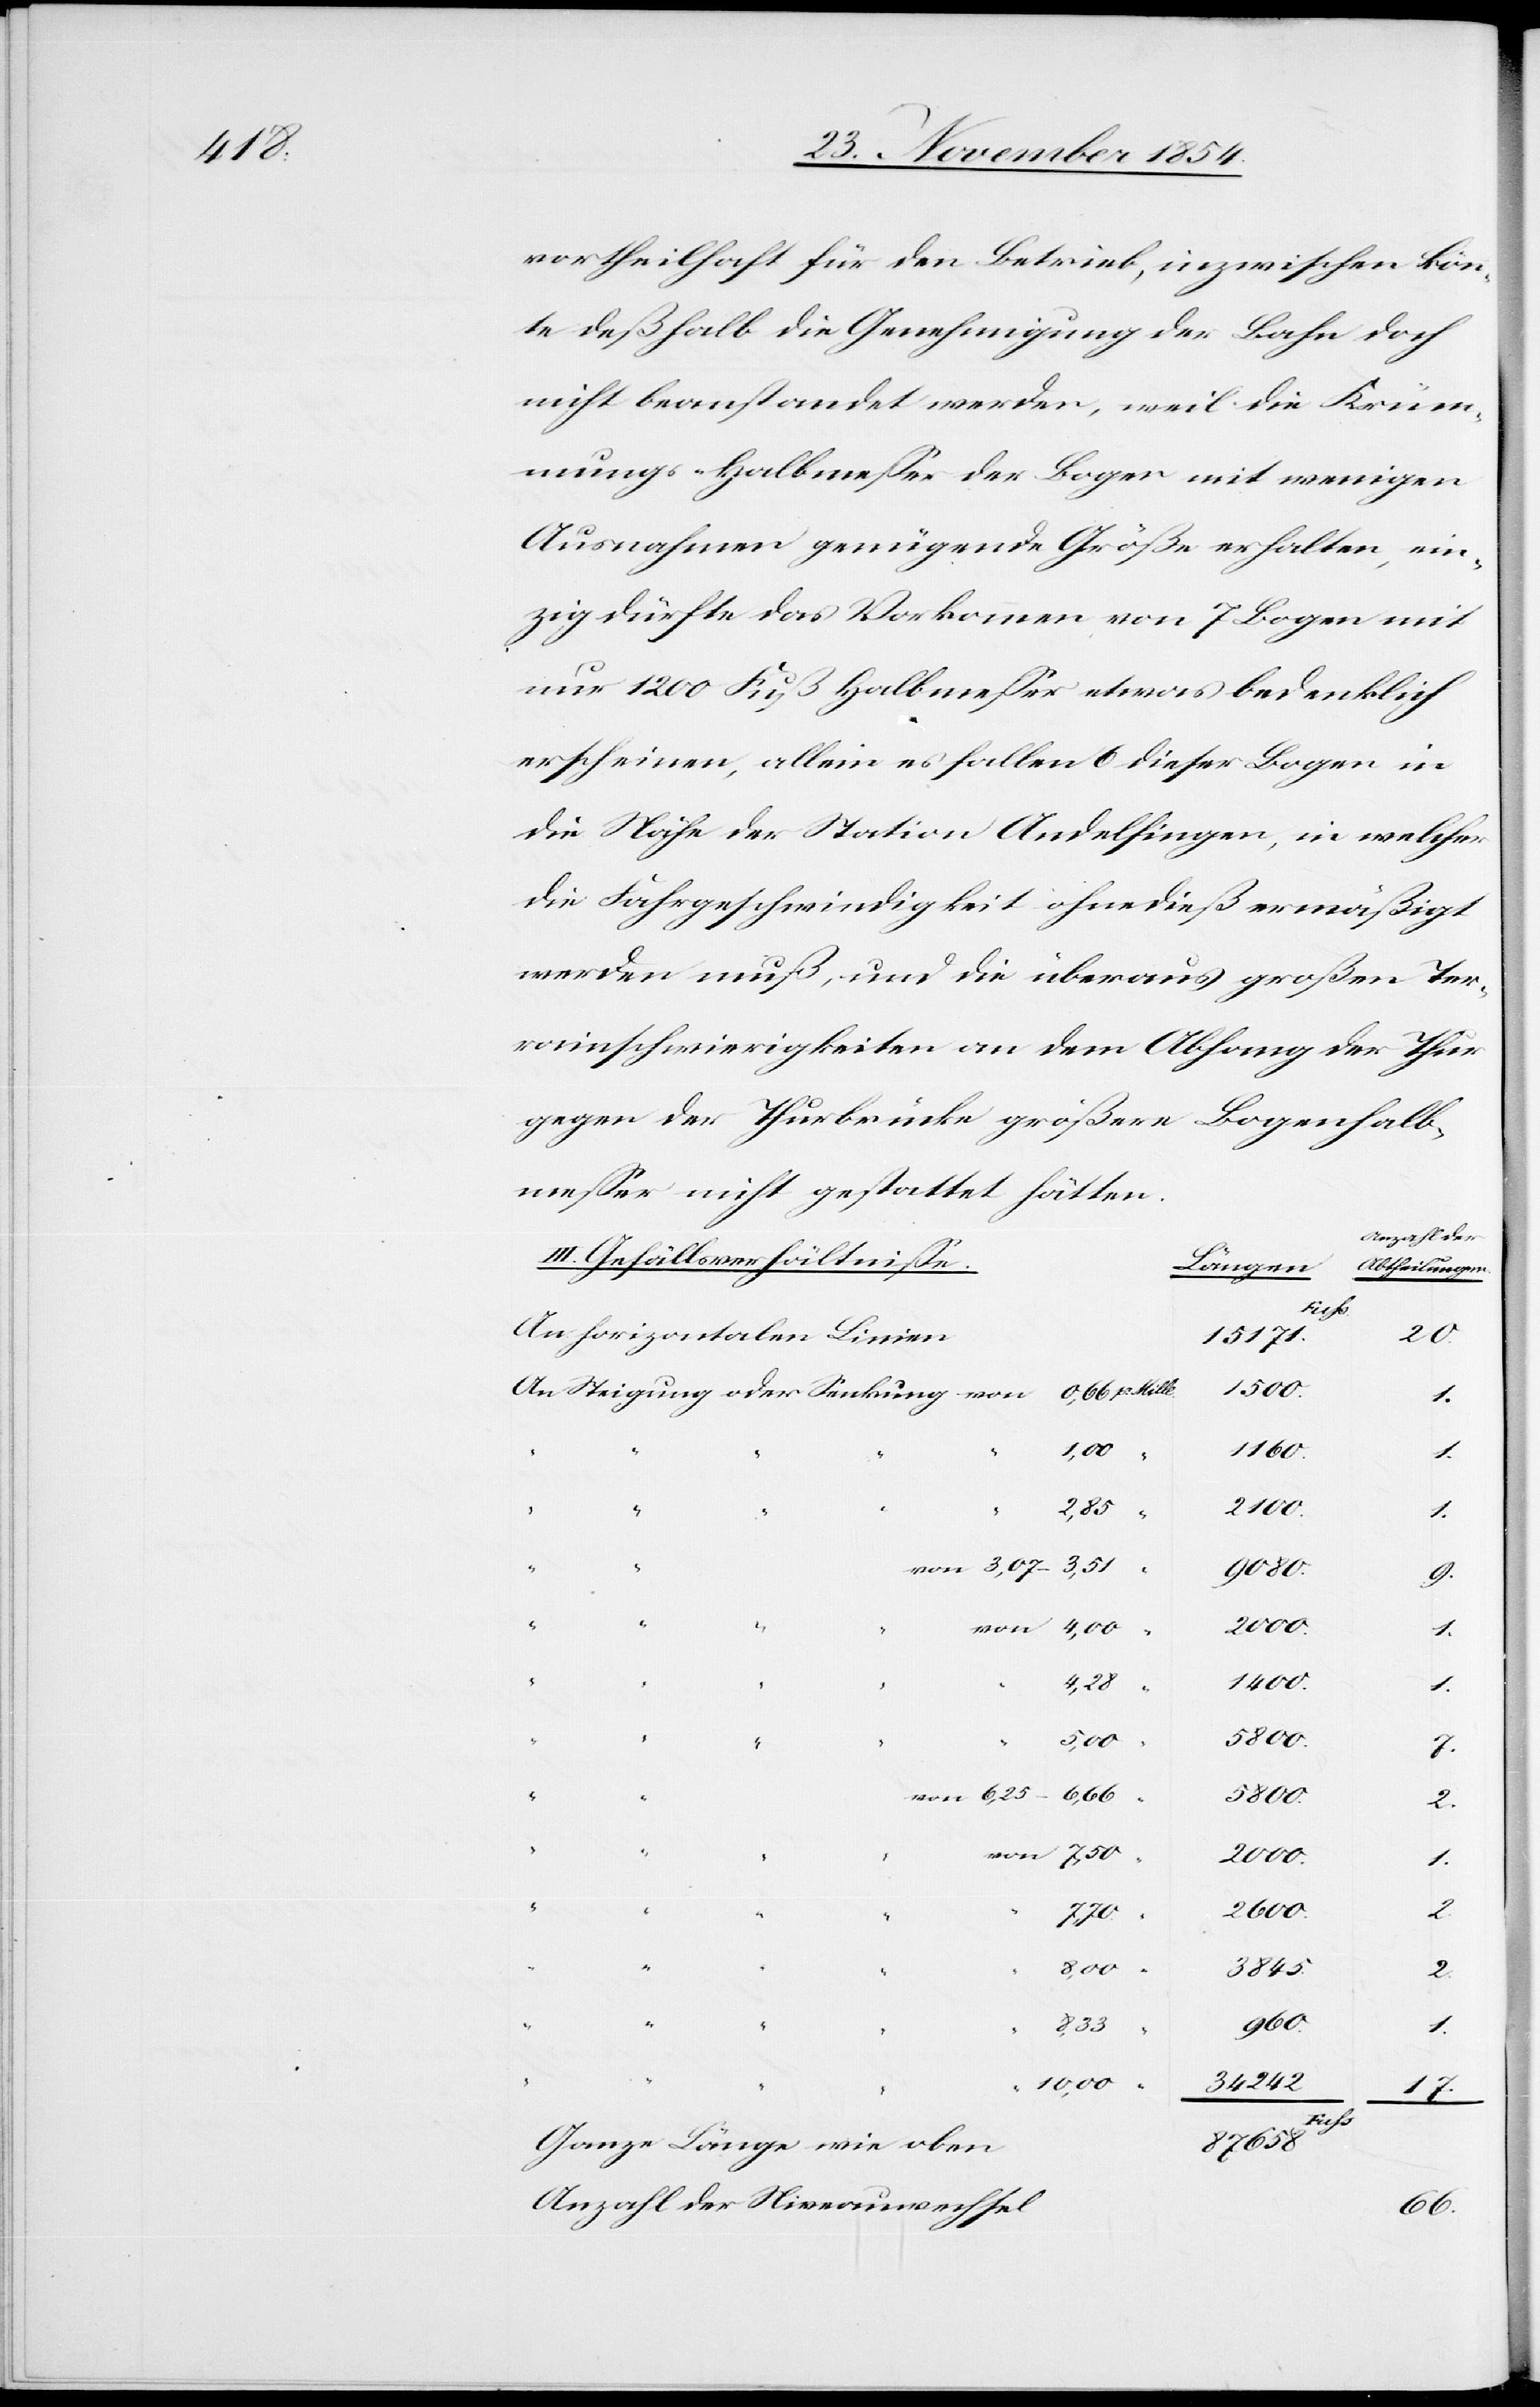
4,28

vortheilhaft für den Betrieb, inzwischen könn¬
te deßhalb die Genehmigung der Bahn doch
nicht beanstandet werde, weil die Krüm¬
mungs-Halbmeßer der Bogen mit wenigen
Ausnahmen genügende Größe erhalten, ein¬
zig dürfte das Vorkommen von 7 Bogen mit
nur 1200 Fuß Halbmeßer etwas bedenklich
erscheinen, allein es fallen 6 dieser Bogen in
die Nähe der Station Andelfingen, in welcher
die Fahrgeschwindigkeit ohnedieß ermäßigt
werden muß, und die überaus großen Ter¬
rainschwierigkeiten an dem Abhang der Thur
gegen der Thurbrücke größere Bogenhalb¬
meßer nicht gestattet hätten.
Anzahl der
7.
III. Gefällsverhältniße.
Abtheilungen.
Fuss
horizontalen Linien
“
oder
von
1,00
5800.
2000.
2600.
242.
“
10,00
34
66.
1.
87 658.
Ganze Länge wie oben
Anzahl der Niveauwechsel